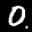
Label: 0